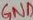
Text: GND